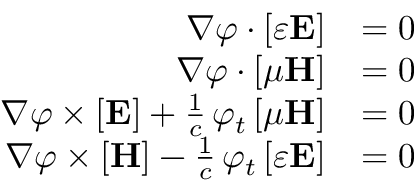
{ \begin{array} { r l } { \nabla \varphi \cdot [ \varepsilon \mathbf { E } ] } & { = 0 } \\ { \nabla \varphi \cdot [ \mu \mathbf { H } ] } & { = 0 } \\ { \nabla \varphi \times [ \mathbf { E } ] + { \frac { 1 } { c } } \, \varphi _ { t } \, [ \mu \mathbf { H } ] } & { = 0 } \\ { \nabla \varphi \times [ \mathbf { H } ] - { \frac { 1 } { c } } \, \varphi _ { t } \, [ \varepsilon \mathbf { E } ] } & { = 0 } \end{array} }